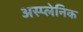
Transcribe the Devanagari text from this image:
अस्प्लेनिक